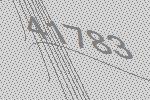
41783